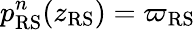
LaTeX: p_{\mathrm{RS}}^{n}(z_{\mathrm{RS}})=\varpi_{\mathrm{RS}}